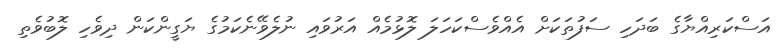
އަސްކަރިއްޔާގެ ބަދަހި ސަފުތަކަށް އެއްވެސްކަހަލަ ލޮޅުމެއް އަރުވައި ނުލެވޭނެކަމުގެ ޔަގީންކަން ދިވެހި ލޮބުވެތި